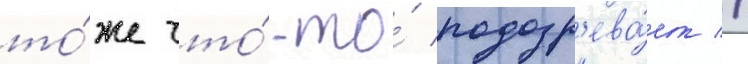
то́же что́-то́ подозр'ева́ет //